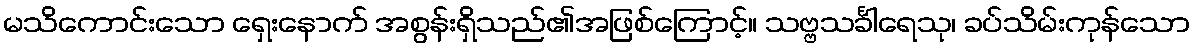
မသိကောင်းသော ရှေးနောက် အစွန်းရှိသည်၏အဖြစ်ကြောင့်။ သဗ္ဗသင်္ခါရေသု၊ ခပ်သိမ်းကုန်သော